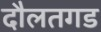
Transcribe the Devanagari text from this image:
दौलतगड